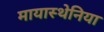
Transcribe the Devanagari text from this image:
मायास्थेनिया